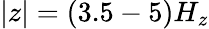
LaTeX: |z|=(3.5-5)H_{z}